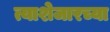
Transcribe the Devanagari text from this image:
त्याशेजारच्या